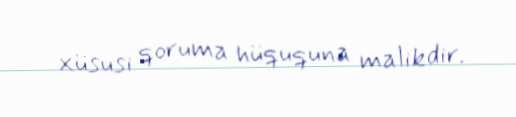
xüsusi qoruma hüququna malikdir.